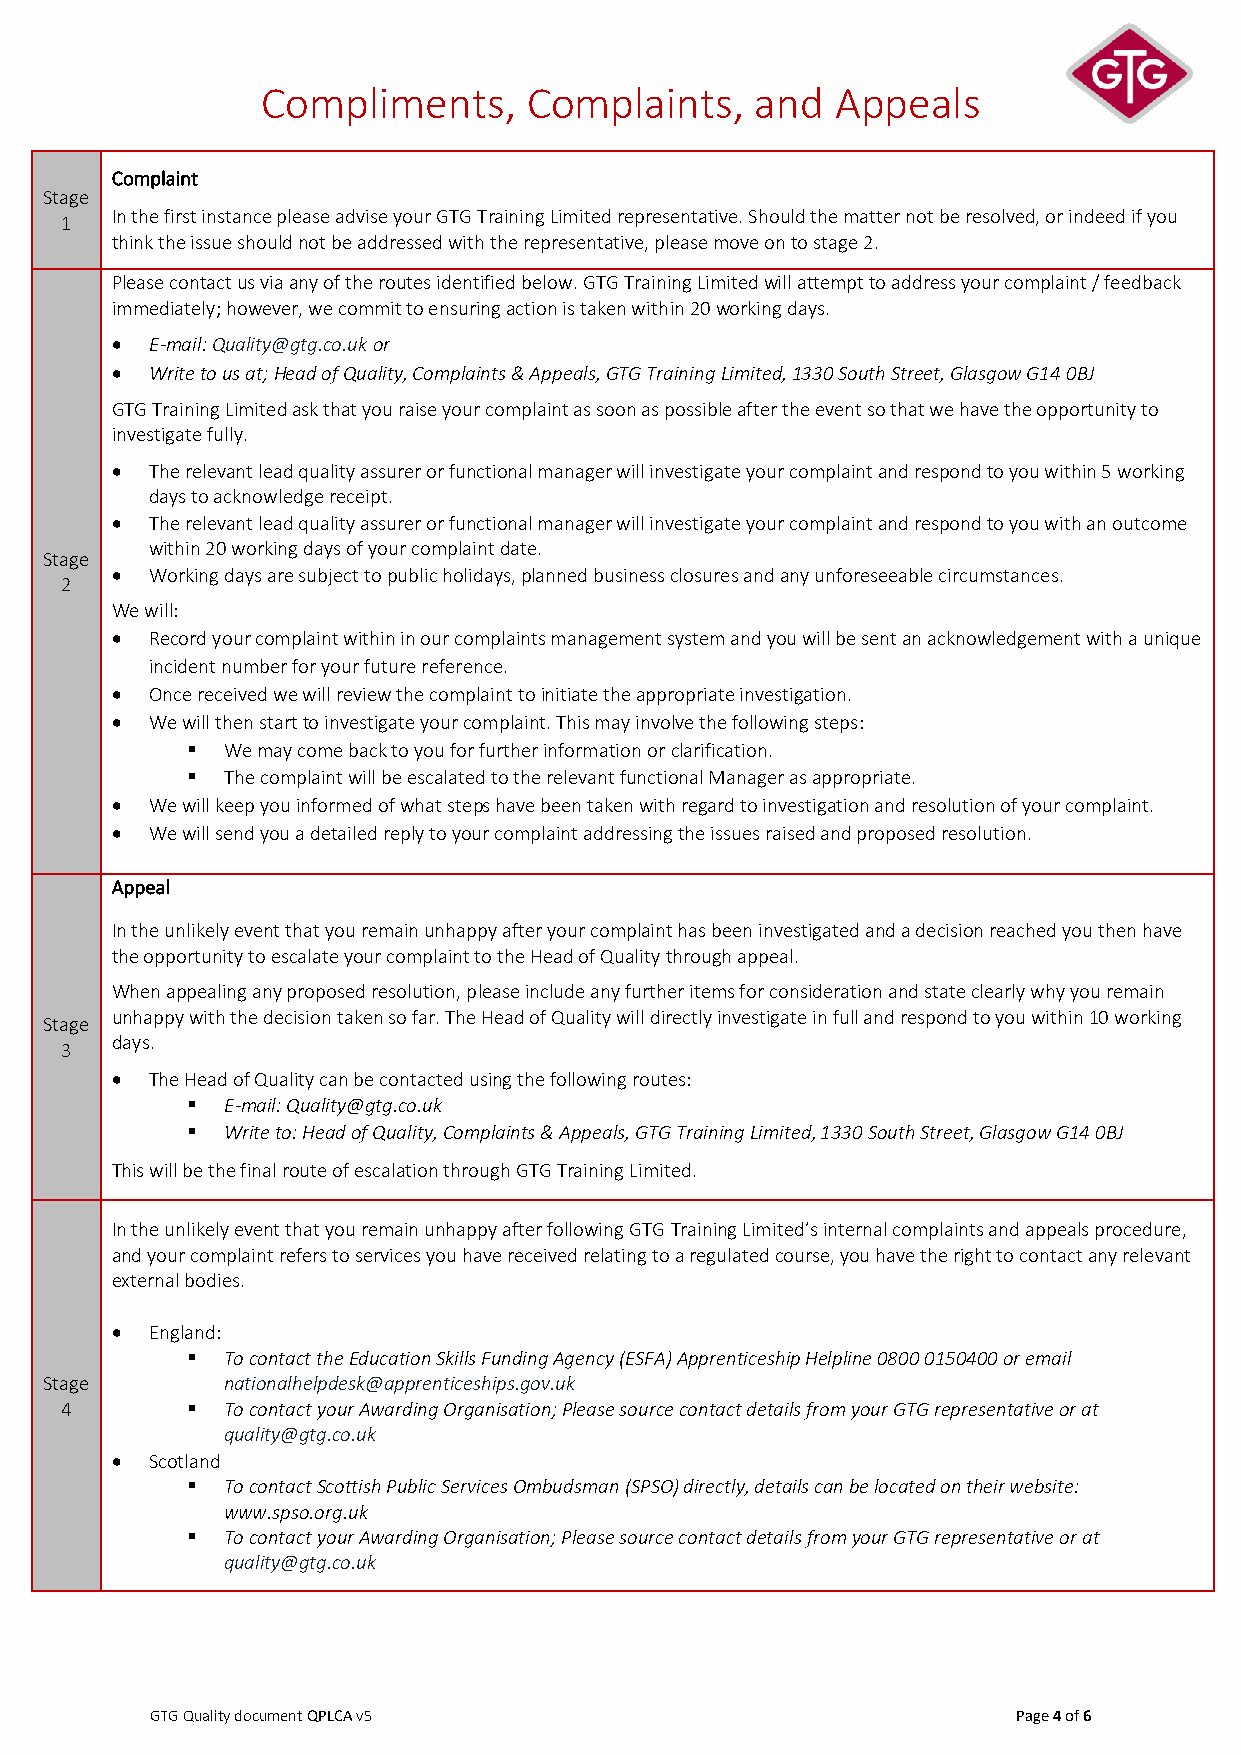
Compliments,      Complaints,    and  Appeals
 Complaint
 Stage
 1  In the first instance please advise your GTG Training Limited representative. Should the matter not be resolved, or indeed if you
 think the issue should not be addressed with the representative, please move on to stage 2.
 Please contact us via any of the routes identified below. GTG Training Limited will attempt to address your complaint / feedback
 immediately; however, we commit to ensuring action is taken within 20 working days.
 •  E-mail: Quality@gtg.co.uk or
 •  Write to us at; Head of Quality, Complaints & Appeals, GTG Training Limited, 1330 South Street, Glasgow G14 0BJ
 GTG Training Limited ask that you raise your complaint as soon as possible after the event so that we have the opportunity to
 investigate fully.
 •  The relevant lead quality assurer or functional manager will investigate your complaint and respond to you within 5 working
 days to acknowledge receipt.
 •  The relevant lead quality assurer or functional manager will investigate your complaint and respond to you with an outcome
 within 20 working days of your complaint date.
 Stage
 •  Working days are subject to public holidays, planned business closures and any unforeseeable circumstances.
 2
 We will:
 •  Record your complaint within in our complaints management system and you will be sent an acknowledgement with a unique
 incident number for your future reference.
 •  Once received we will review the complaint to initiate the appropriate investigation.
 •  We will then start to investigate your complaint. This may involve the following steps:
 ▪  We may come back to you for further information or clarification.
 ▪  The complaint will be escalated to the relevant functional Manager as appropriate.
 •  We will keep you informed of what steps have been taken with regard to investigation and resolution of your complaint.
 •  We will send you a detailed reply to your complaint addressing the issues raised and proposed resolution.
 Appeal
 In the unlikely event that you remain unhappy after your complaint has been investigated and a decision reached you then have
 the opportunity to escalate your complaint to the Head of Quality through appeal.
 When appealing any proposed resolution, please include any further items for consideration and state clearly why you remain
 unhappy with the decision taken so far. The Head of Quality will directly investigate in full and respond to you within 10 working
 Stage
 days.
 3
 •  The Head of Quality can be contacted using the following routes:
 ▪  E-mail: Quality@gtg.co.uk
 ▪  Write to: Head of Quality, Complaints & Appeals, GTG Training Limited, 1330 South Street, Glasgow G14 0BJ
 This will be the final route of escalation through GTG Training Limited.
 In the unlikely event that you remain unhappy after following GTG Training Limited’s internal complaints and appeals procedure,
 and your complaint refers to services you have received relating to a regulated course, you have the right to contact any relevant
 external bodies.
 •  England:
 ▪  To contact the Education Skills Funding Agency (ESFA) Apprenticeship Helpline 0800 0150400 or email
 Stage       nationalhelpdesk@apprenticeships.gov.uk
 4       ▪  To contact your Awarding Organisation; Please source contact details from your GTG representative or at
 quality@gtg.co.uk
 •  Scotland
 ▪  To contact Scottish Public Services Ombudsman (SPSO) directly, details can be located on their website:
 www.spso.org.uk
 ▪  To contact your Awarding Organisation; Please source contact details from your GTG representative or at
 quality@gtg.co.uk
 GTG Quality document QPLCA v5                            Page 4 of 6